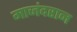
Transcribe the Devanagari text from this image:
माजंदरान